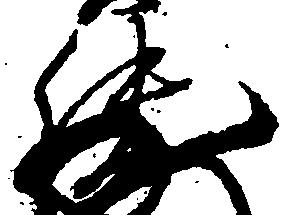
純